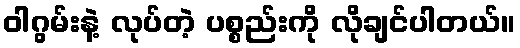
ဝါဂွမ်းနဲ့ လုပ်တဲ့ ပစ္စည်းကို လိုချင်ပါတယ်။